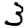
Digit: 3